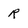
Character: R